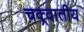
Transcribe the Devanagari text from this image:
चक्र्वातीय